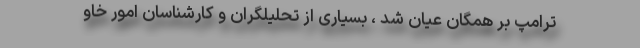
ترامپ بر همگان عیان شد ، بسیاری از تحلیلگران و کارشناسان امور خاو